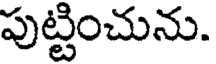
పుట్టించును.